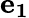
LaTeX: \mathbf{e_{1}}